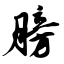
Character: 膀